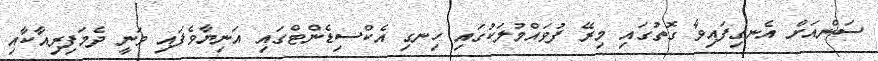
ސަންއަށް އެނގިފައިވާ ގޮތުގައި މިރޭ ފުވައްމުލަކުގައި ހިނގި އެކްސިޑެންޓްގައި އަނިޔާވެފައި ވަނީ ދެމަފިރިއާކާއި